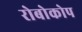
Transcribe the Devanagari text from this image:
रोबोकोप